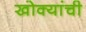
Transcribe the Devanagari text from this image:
खोक्यांची